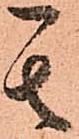
其